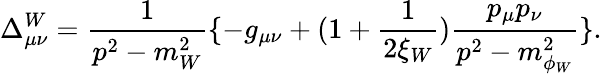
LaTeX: \Delta_{\mu\nu}^{W}=\frac{1}{p^{2}-m_{W}^{2}}\{ -g_{\mu\nu}+(1+\frac{1}{2\xi_{W}})\frac{p_{\mu}p_{\nu}}{p^{2}-m_{\phi_{W}}^{2}}\} .